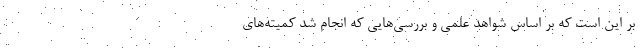
بر این است که بر اساس شواهد علمی و بررسی‌هایی که انجام شد کمیته‌های